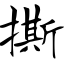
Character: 撕